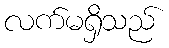
လက်မရှိသည်